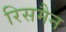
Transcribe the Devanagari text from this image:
रिसमैन